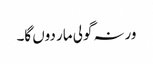
ورنہ گولی مار دوں گا۔